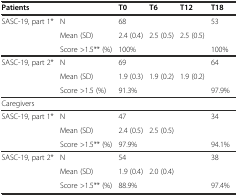
<table><thead><tr><td colspan="2"><b>Patients</b></td><td><b>T0</b></td><td><b>T6</b></td><td><b>T12</b></td><td><b>T18</b></td></tr></thead><tbody><tr><td rowspan="2">SASC-19, part 1*</td><td>N</td><td>68</td><td>[EMPTY_CELL]</td><td>[EMPTY_CELL]</td><td>53</td></tr><tr><td>Mean (SD)</td><td>2.4 (0.4)</td><td>2.5 (0.5)</td><td>2.5 (0.5)</td><td>[EMPTY_CELL]</td></tr><tr><td>[EMPTY_CELL]</td><td>Score &gt;1.5** (%)</td><td>100%</td><td>[EMPTY_CELL]</td><td>[EMPTY_CELL]</td><td>100%</td></tr><tr><td rowspan="2">SASC-19, part 2*</td><td>N</td><td>69</td><td>[EMPTY_CELL]</td><td>[EMPTY_CELL]</td><td>64</td></tr><tr><td>Mean (SD)</td><td>1.9 (0.3)</td><td>1.9 (0.2)</td><td>1.9 (0.2)</td><td>[EMPTY_CELL]</td></tr><tr><td>[EMPTY_CELL]</td><td>Score &gt;1.5 (%)</td><td>91.3%</td><td>[EMPTY_CELL]</td><td>[EMPTY_CELL]</td><td>97.9%</td></tr><tr><td colspan="6">Caregivers</td></tr><tr><td rowspan="2">SASC-19, part 1*</td><td>N</td><td>47</td><td>[EMPTY_CELL]</td><td>[EMPTY_CELL]</td><td>34</td></tr><tr><td>Mean (SD)</td><td>2.4 (0.5)</td><td>2.5 (0.5)</td><td>[EMPTY_CELL]</td><td>[EMPTY_CELL]</td></tr><tr><td>[EMPTY_CELL]</td><td>Score &gt;1.5** (%)</td><td>97.9%</td><td>[EMPTY_CELL]</td><td>[EMPTY_CELL]</td><td>94.1%</td></tr><tr><td rowspan="2">SASC-19, part 2*</td><td>N</td><td>54</td><td>[EMPTY_CELL]</td><td>[EMPTY_CELL]</td><td>38</td></tr><tr><td>Mean (SD)</td><td>1.9 (0.4)</td><td>2.0 (0.4)</td><td>[EMPTY_CELL]</td><td>[EMPTY_CELL]</td></tr><tr><td>[EMPTY_CELL]</td><td>Score &gt;1.5** (%)</td><td>88.9%</td><td>[EMPTY_CELL]</td><td>[EMPTY_CELL]</td><td>97.4%</td></tr></tbody></table>